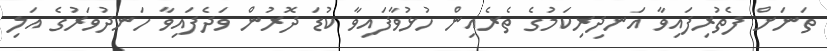
ތަނަށް ފެތުރިފައިވާ އަނދިރިކަމުގެ ތެރެއިން ހުޅުވާފައިވާ ކުޑަ ދޮރުން ވަދެފައިވާ ހަނދުވަރުގެ އަލި